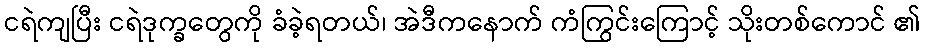
ငရဲကျပြီး ငရဲဒုက္ခတွေကို ခံခဲ့ရတယ်၊ အဲဒီကနောက် ကံကြွင်းကြောင့် သိုးတစ်ကောင် ၏